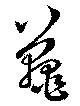
鼉